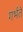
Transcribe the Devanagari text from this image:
गर्भते